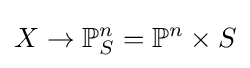
X\to \mathbb {P} _{S}^{n}=\mathbb {P} ^{n}\times S